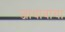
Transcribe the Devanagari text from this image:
जाधावांचा